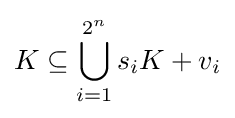
K\subseteq \bigcup _{i=1}^{2^{n}}s_{i}K+v_{i}